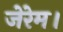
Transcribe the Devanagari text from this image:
जेरेम।